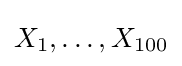
X_{1},\ldots ,X_{100}